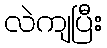
လဲကျပြီး